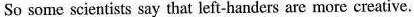
So some scientists say that left-handers are more creative.